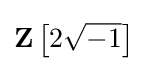
\mathbf {Z} \left[2{\sqrt {-1}}\right]